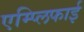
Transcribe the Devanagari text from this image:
एम्प्लिफाई